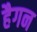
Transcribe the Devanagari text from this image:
हैगन